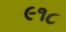
૯૧૮